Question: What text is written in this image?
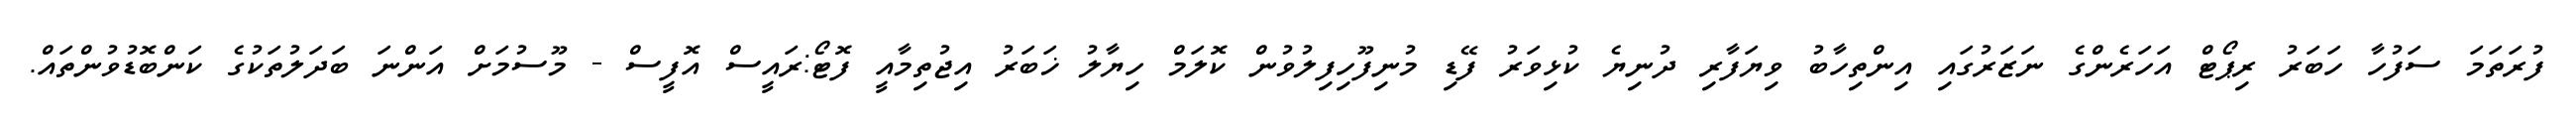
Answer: ފުރަތަމަ ސަފުހާ ހަބަރު ރިޕޯޓް އަހަރެންގެ ނަޒަރުގައި އިންތިހާބު ވިޔަފާރި ދުނިޔެ ކުޅިވަރު ފޭޑި މުނިފޫހިފިލުވުން ކޮލަމް ހިޔާލު ޚަބަރު އިޖުތިމާއީ ފޮޓޯ:ރައީސް އޮފީސް - މޫސުމަށް އަންނަ ބަދަލުތަކުގެ ކަންބޮޑުވުންތައް.